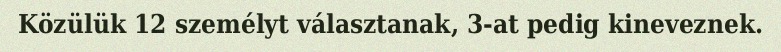
Közülük 12 személyt választanak, 3-at pedig kineveznek.